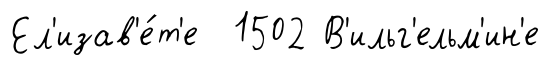
Ел'изав'е́т'е 1502 В'ильг'ельм'ин'е